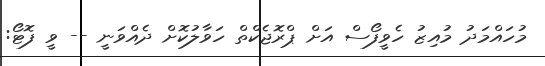
މުހައްމަދު މުއިޒު ހެވީފޯސް އަށް ޕްރޮޖެކްތް ހަވާލުކޮށް ދެއްވަނީ -- ވީ ފޮޓޯ: